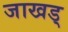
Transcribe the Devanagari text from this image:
जाखड्